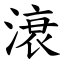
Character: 滖